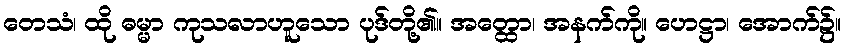
တေသံ၊ ထို ဓမ္မာ ကုသလာဟူသော ပုဒ်တို့၏။ အတ္ထော၊ အနက်ကို။ ဟေဋ္ဌာ၊ အောက်၌။